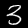
Label: 3